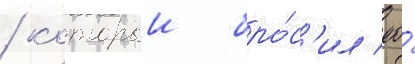
/ которыи бро́с'ил ео́